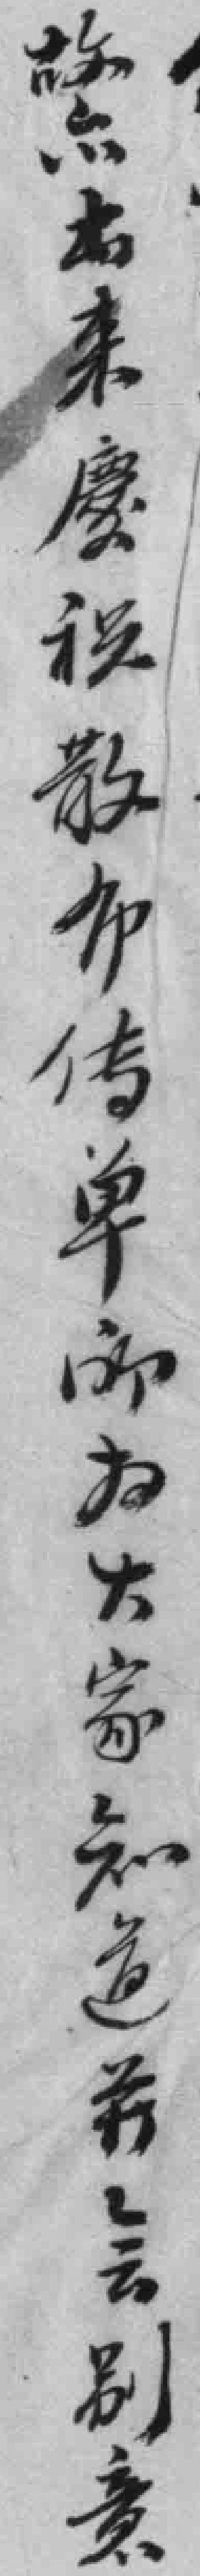
故亦出来慶祝散布传单所为大家知道並無别意